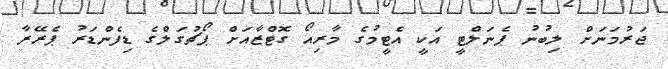
ޖަރުމަނަށް ލިބުނު ޕެނަލްޓީ އަކީ އެޓީމުގެ މާރިއޯ ގޮޓްޒާއަށް ޕޯޗުގަލްގެ ޑިފެންޑަރު ޕެރޭރާ